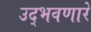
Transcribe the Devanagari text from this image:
उद्‌भवणारे